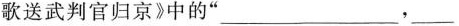
歌送武判官归京》中的”___，___